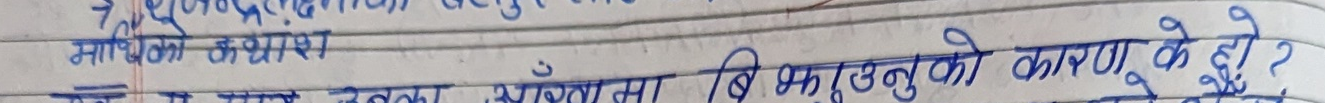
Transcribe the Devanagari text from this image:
१. दूरदर्शन (टेलिभिजन) वस्तुपरक
माध्यमको फरास
प्र. उत्तर: अप्रत्याशित वि भञ्जनुको कारण के हो ?